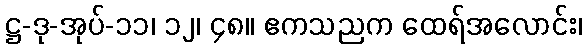
ဋ္ဌ-ဒု-အုပ်-၁၁၊ ၁၂၊ ၄၈။ ဧကသညက ထေရ်အလောင်း၊